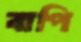
বাপি